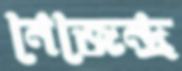
নেজেন্দ্র